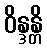
ဝိန္ဒန္တိ